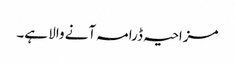
مزاحیہ ڈرامہ آنے والا ہے۔